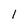
Character: 1